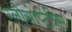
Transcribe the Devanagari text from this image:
ग्लोसोप्टेरिस